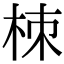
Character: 栜